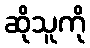
ဆိုသူကို